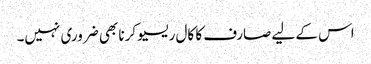
اس کے لیے صارف کا کال ریسیو کرنا بھی ضروری نہیں۔